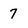
Character: 7